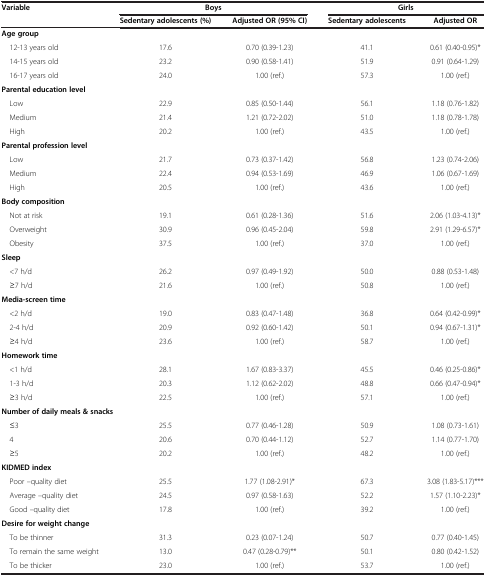
<table><thead><tr><td><b>Variable</b></td><td colspan="2"><b>Boys</b></td><td colspan="2"><b>Girls</b></td></tr><tr><td><b> </b></td><td><b>Sedentary adolescents (%)</b></td><td><b>Adjusted OR (95% CI)</b></td><td><b>Sedentary adolescents</b></td><td><b>Adjusted OR</b></td></tr></thead><tbody><tr><td><b>Age group</b></td><td> </td><td> </td><td> </td><td> </td></tr><tr><td> 12-13 years old</td><td>17.6</td><td>0.70 (0.39-1.23)</td><td>41.1</td><td>0.61 (0.40-0.95)*</td></tr><tr><td> 14-15 years old</td><td>23.2</td><td>0.90 (0.58-1.41)</td><td>51.9</td><td>0.91 (0.64-1.29)</td></tr><tr><td> 16-17 years old</td><td>24.0</td><td>1.00 (ref.)</td><td>57.3</td><td>1.00 (ref.)</td></tr><tr><td colspan="5"><b>Parental education level</b></td></tr><tr><td> Low</td><td>22.9</td><td>0.85 (0.50-1.44)</td><td>56.1</td><td>1.18 (0.76-1.82)</td></tr><tr><td> Medium</td><td>21.4</td><td>1.21 (0.72-2.02)</td><td>51.0</td><td>1.18 (0.78-1.78)</td></tr><tr><td> High</td><td>20.2</td><td>1.00 (ref.)</td><td>43.5</td><td>1.00 (ref.)</td></tr><tr><td><b>Parental profession level</b></td><td colspan="4"> </td></tr><tr><td> Low</td><td>21.7</td><td>0.73 (0.37-1.42)</td><td>56.8</td><td>1.23 (0.74-2.06)</td></tr><tr><td> Medium</td><td>22.4</td><td>0.94 (0.53-1.69)</td><td>46.9</td><td>1.06 (0.67-1.69)</td></tr><tr><td> High</td><td>20.5</td><td>1.00 (ref.)</td><td>43.6</td><td>1.00 (ref.)</td></tr><tr><td colspan="5"><b>Body composition</b></td></tr><tr><td> Not at risk</td><td>19.1</td><td>0.61 (0.28-1.36)</td><td>51.6</td><td>2.06 (1.03-4.13)*</td></tr><tr><td> Overweight</td><td>30.9</td><td>0.96 (0.45-2.04)</td><td>59.8</td><td>2.91 (1.29-6.57)*</td></tr><tr><td> Obesity</td><td>37.5</td><td>1.00 (ref.)</td><td>37.0</td><td>1.00 (ref.)</td></tr><tr><td colspan="5"><b>Sleep</b></td></tr><tr><td> &lt;7 h/d</td><td>26.2</td><td>0.97 (0.49-1.92)</td><td>50.0</td><td>0.88 (0.53-1.48)</td></tr><tr><td> ≥7 h/d</td><td>21.6</td><td>1.00 (ref.)</td><td>50.8</td><td>1.00 (ref.)</td></tr><tr><td><b>Media-screen time</b></td><td> </td><td> </td><td> </td><td> </td></tr><tr><td> &lt;2 h/d</td><td>19.0</td><td>0.83 (0.47-1.48)</td><td>36.8</td><td>0.64 (0.42-0.99)*</td></tr><tr><td> 2-4 h/d</td><td>20.9</td><td>0.92 (0.60-1.42)</td><td>50.1</td><td>0.94 (0.67-1.31)*</td></tr><tr><td> ≥4 h/d</td><td>23.6</td><td>1.00 (ref.)</td><td>58.7</td><td>1.00 (ref.)</td></tr><tr><td colspan="5"><b>Homework time</b></td></tr><tr><td> &lt;1 h/d</td><td>28.1</td><td>1.67 (0.83-3.37)</td><td>45.5</td><td>0.46 (0.25-0.86)*</td></tr><tr><td> 1-3 h/d</td><td>20.3</td><td>1.12 (0.62-2.02)</td><td>48.8</td><td>0.66 (0.47-0.94)*</td></tr><tr><td> ≥3 h/d</td><td>22.5</td><td>1.00 (ref.)</td><td>57.1</td><td>1.00 (ref.)</td></tr><tr><td colspan="5"><b>Number of daily meals &amp; snacks</b></td></tr><tr><td> ≤3</td><td>25.5</td><td>0.77 (0.46-1.28)</td><td>50.9</td><td>1.08 (0.73-1.61)</td></tr><tr><td> 4</td><td>20.6</td><td>0.70 (0.44-1.12)</td><td>52.7</td><td>1.14 (0.77-1.70)</td></tr><tr><td> ≥5</td><td>20.2</td><td>1.00 (ref.)</td><td>48.2</td><td>1.00 (ref.)</td></tr><tr><td><b>KIDMED index</b></td><td> </td><td> </td><td> </td><td> </td></tr><tr><td> Poor –quality diet</td><td>25.5</td><td>1.77 (1.08-2.91)*</td><td>67.3</td><td>3.08 (1.83-5.17)***</td></tr><tr><td> Average –quality diet</td><td>24.5</td><td>0.97 (0.58-1.63)</td><td>52.2</td><td>1.57 (1.10-2.23)*</td></tr><tr><td> Good –quality diet</td><td>17.8</td><td>1.00 (ref.)</td><td>39.2</td><td>1.00 (ref.)</td></tr><tr><td colspan="5"><b>Desire for weight change</b></td></tr><tr><td> To be thinner</td><td>31.3</td><td>0.23 (0.07-1.24)</td><td>50.7</td><td>0.77 (0.40-1.45)</td></tr><tr><td> To remain the same weight</td><td>13.0</td><td>0.47 (0.28-0.79)**</td><td>50.1</td><td>0.80 (0.42-1.52)</td></tr><tr><td> To be thicker</td><td>23.0</td><td>1.00 (ref.)</td><td>53.7</td><td>1.00 (ref.)</td></tr></tbody></table>